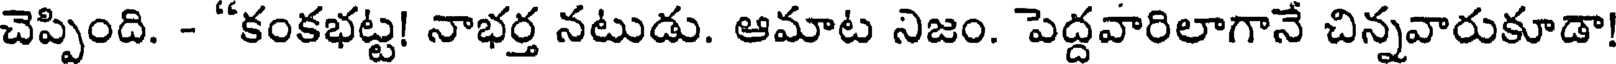
చెప్పింది. - "కంకభట్ట! నాభర్త నటుడు. ఆమాట నిజం. పెద్దవారిలాగానే చిన్నవారుకూడా